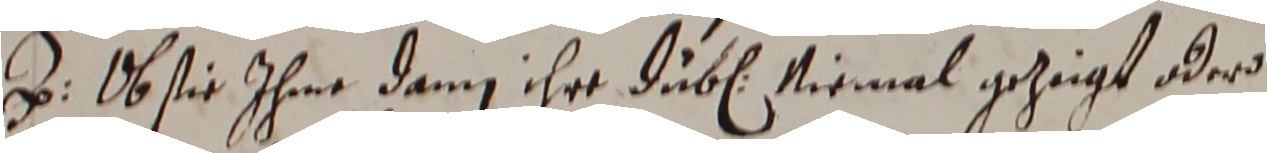
z. ob sie ihme dann ihre duben niemal gezeigt oder